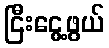
ငြီးငွေ့ဖွယ်